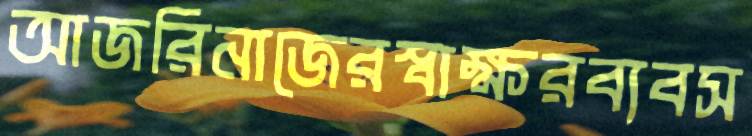
আজরিনাজেরস্বাক্ষরব্যবস